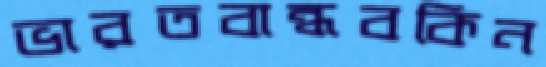
ভারতবান্ধবকিন